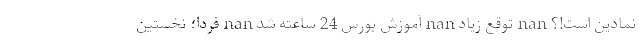
نمادین است!؟ nan توقع زیاد nan آموزش بورس 24 ساعته شد nan فردا؛ نخستین